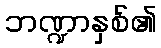
ဘဏ္ဍာနှစ်၏